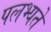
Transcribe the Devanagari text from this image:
पलभ्यते